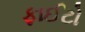
ફાઈટો